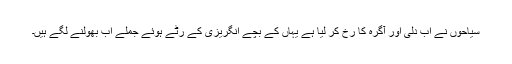
سیاحوں نے اب دِلّی اور آگرہ کا رُخ کر لیا ہے یہاں کے بچے انگریزی کے رٹے ہوئے جملے اب بھولنے لگے ہیں۔